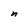
Character: n